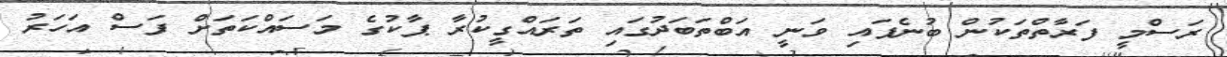
ރަސްމީ ފަރާތްތަކުން ބުނެފައި ވަނީ އަބްތަބަދުގައި ތަރައްގީކުރާ ޕާކުގެ މަސައްކަތަށް ފަސް އަހަރު